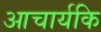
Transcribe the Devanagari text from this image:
आचार्यकि